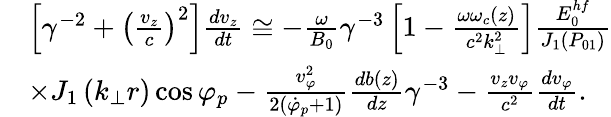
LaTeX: \begin{array}{rl}&{{\left[\gamma^{-2}+\left(\frac{v_{z}}{c}\right)^{2}\right]\frac{dv_{z}}{dt}\cong-\frac{\omega}{B_{0}}\gamma^{-3}\left[1-\frac{\omega\omega_{c}(z)}{c^{2}k_{\perp}^{2}}\right]\frac{E_{0}^{hf}}{J_{1}\left(P_{01}\right)}}}\\ &{\times J_{1}\left(k_{\perp}r\right)\cos\varphi_{p}-\frac{v_{\varphi}^{2}}{2\left(\dot{\varphi}_{p}+1\right)}\frac{db(z)}{dz}\gamma^{-3}-\frac{v_{z}v_{\varphi}}{c^{2}}\frac{dv_{\varphi}}{dt}.}\end{array}